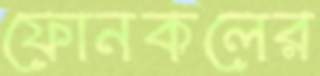
ফোনকলের